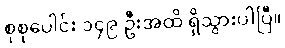
စုစုပေါင်း ၁၄၉ ဦးအထိ ရှိသွားပါပြီ။